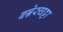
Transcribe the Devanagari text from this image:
बन्नेरुघट्टा